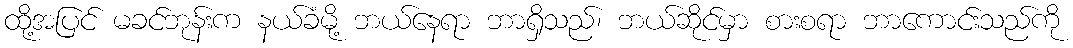
ထို့အပြင် မခင်ဘုန်းက နယ်ခံမို့ ဘယ်နေရာ ဘာရှိသည်၊ ဘယ်ဆိုင်မှာ စားစရာ ဘာကောင်းသည်ကို